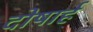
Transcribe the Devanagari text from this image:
दोषार्ह